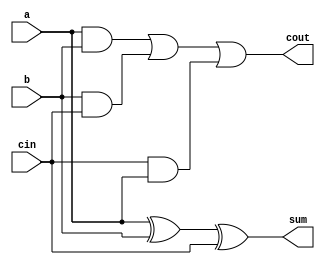
`timescale 1ns / 1ps
//////////////////////////////////////////////////////////////////////////////////
// Company: 
// Engineer: 
// 
// Design Name: 
// Module Name:    full_adder 
// Project Name: 
// Target Devices: 
// Tool versions: 
// Description: 
//
// Dependencies: 
//
// Revision: 
// Revision 0.01 - File Created
// Additional Comments: Authored by Mainak Chaudhuri
//
//////////////////////////////////////////////////////////////////////////////////
module full_adder(a, b, cin, sum, cout
    );

	input a, b, cin;
	output sum, cout;
	wire sum, cout;
	
	assign sum = a^b^cin;
	assign cout = (a&b)|(b&cin)|(cin&a);
	
endmodule